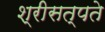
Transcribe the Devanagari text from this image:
श्रीसत्पते